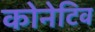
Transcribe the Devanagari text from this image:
कोनेटिव